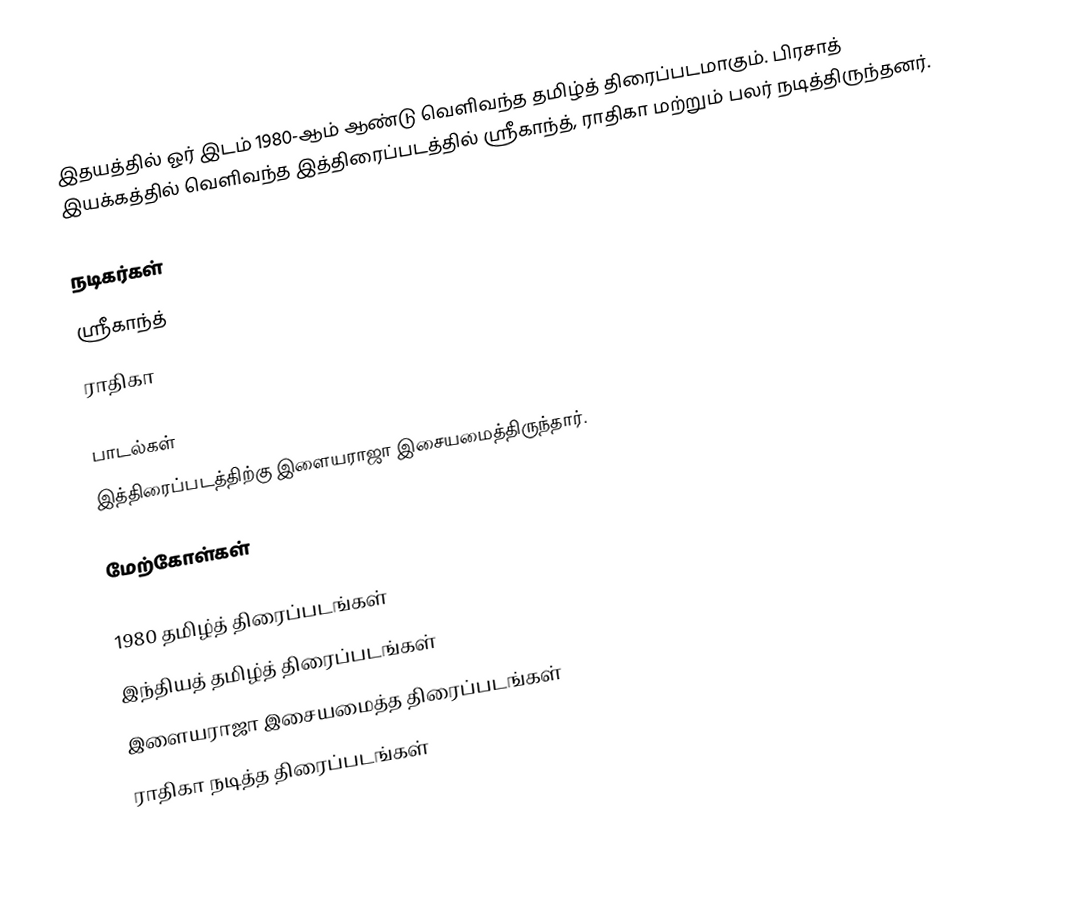
இதயத்தில் ஓர் இடம் 1980-ஆம் ஆண்டு வெளிவந்த தமிழ்த் திரைப்படமாகும். பிரசாத் இயக்கத்தில் வெளிவந்த இத்திரைப்படத்தில் ஸ்ரீகாந்த், ராதிகா மற்றும் பலர் நடித்திருந்தனர்.

நடிகர்கள்
 ஸ்ரீகாந்த்
 ராதிகா

பாடல்கள்
இத்திரைப்படத்திற்கு இளையராஜா இசையமைத்திருந்தார்.

மேற்கோள்கள்

1980 தமிழ்த் திரைப்படங்கள்
இந்தியத் தமிழ்த் திரைப்படங்கள்
இளையராஜா இசையமைத்த திரைப்படங்கள்
ராதிகா நடித்த திரைப்படங்கள்